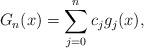
LaTeX: \begin{align*} G_n(x)=\sum_{j=0}^{n} c_{j}g_{j}(x),\end{align*}